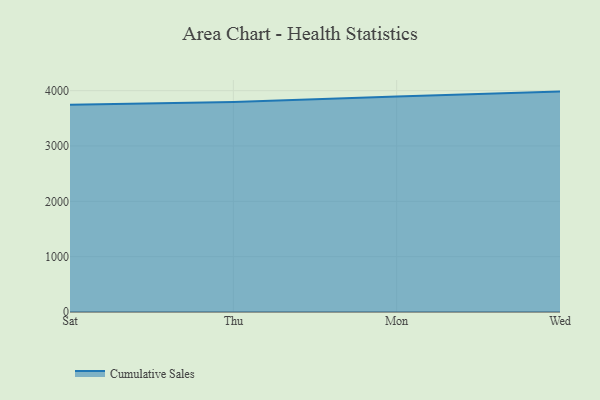
{"axis": {"x": "Day", "y": "Revenue (USD Million)"}, "legend": ["Cumulative Sales"], "data": [{"x": "Sat", "y": 3744.6, "type": "Cumulative Sales"}, {"x": "Thu", "y": 3795.7, "type": "Cumulative Sales"}, {"x": "Mon", "y": 3895.5, "type": "Cumulative Sales"}, {"x": "Wed", "y": 3983.0, "type": "Cumulative Sales"}]}